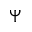
\Psi